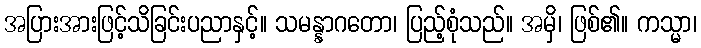
အပြားအားဖြင့်သိခြင်းပညာနှင့်။ သမန္နာဂတော၊ ပြည့်စုံသည်။ အမှိ၊ ဖြစ်၏။ ကသ္မာ၊